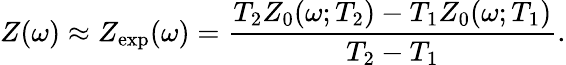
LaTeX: Z(\omega)\approx Z_{\mathrm{exp}}(\omega)=\frac{T_{2}Z_{0}(\omega;T_{2})-T_{1}Z_{0}(\omega;T_{1})}{T_{2}-T_{1}}.